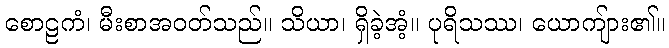
စောဠကံ၊ မီးစာအဝတ်သည်။ သိယာ၊ ရှိခဲ့အံ့။ ပုရိသဿ၊ ယောကျ်ား၏။